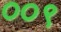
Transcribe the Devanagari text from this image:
००९